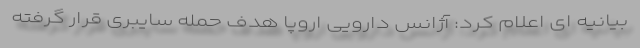
بیانیه ای اعلام کرد: آژانس دارویی اروپا هدف حمله سایبری قرار گرفته